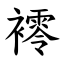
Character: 䙥